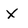
Character: X